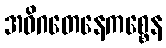
အဓိဂတေနေကစ္စေန